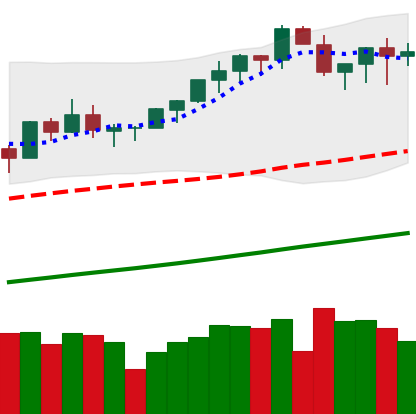
Ticker: BTC-USD
Chart end date: 2021-03-19
Forward return: -9.55%
Label: down_7plus